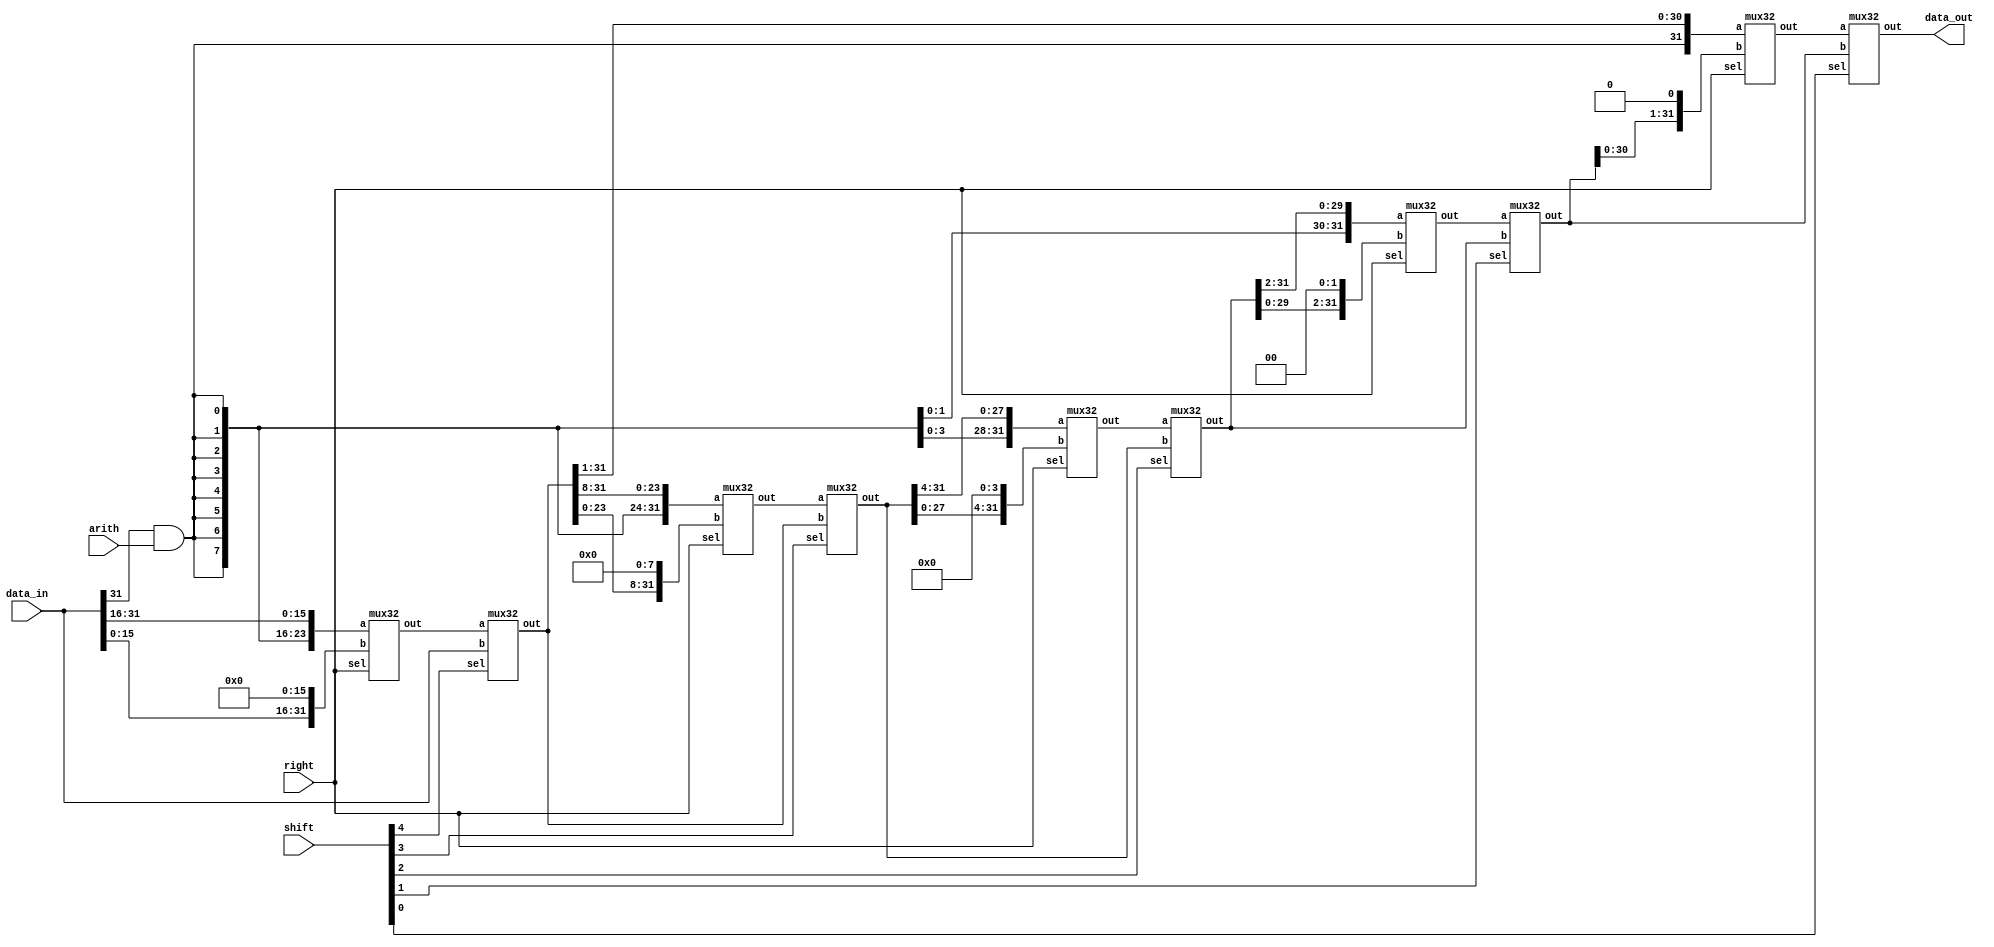
module shift(data_out,data_in,shift,right,arith);
output[31:0] data_out;
input[31:0]  data_in;
input[4:0]   shift;
input		 right;
//arith=1 arith shift arith=0 logic shift
input		 arith;
wire		 sign=data_in[31]&arith;
wire[15:0]   high16={16{sign}};
wire[31:0]	 data_sl16,data_sl8,data_sl4,data_sl2,data_sl1;
wire[31:0]	 data_sr16,data_sr8,data_sr4,data_sr2,data_sr1;
wire[31:0]	 data_s16 ,data_s8 ,data_s4 ,data_s2 ,data_s1 ;
wire[31:0]	 data_r16 ,data_r8 ,data_r4 ,data_r2;
//shift 16
assign data_sl16={data_in[15:0],16'b0};
assign data_sr16={high16,data_in[31:16]};
mux32 u16(.out(data_s16),.a(data_sr16),.b(data_sl16),.sel(right));
mux32 us0(.out(data_r16),.a(data_s16),.b(data_in),.sel(shift[4]));
//shift 8
assign data_sl8={data_r16[23:0],8'b0};
assign data_sr8={high16[7:0],data_r16[31:8]};
mux32 u8(.out(data_s8),.a(data_sr8),.b(data_sl8),.sel(right));
mux32 us1(.out(data_r8),.a(data_s8),.b(data_r16),.sel(shift[3]));
//shift 4
assign data_sl4={data_r8[27:0],4'b0};
assign data_sr4={high16[3:0],data_r8[31:4]};
mux32 u4(.out(data_s4),.a(data_sr4),.b(data_sl4),.sel(right));
mux32 us2(.out(data_r4),.a(data_s4),.b(data_r8),.sel(shift[2]));
//shift 2
assign data_sl2={data_r4[29:0],2'b0};
assign data_sr2={high16[1:0],data_r4[31:2]};
mux32 u2(.out(data_s2),.a(data_sr2),.b(data_sl2),.sel(right));
mux32 us3(.out(data_r2),.a(data_s2),.b(data_r4),.sel(shift[1]));
//shift 1
assign data_sl1={data_r2[30:0],1'b0};
assign data_sr1={high16[0],data_r16[31:1]};
mux32 u1(.out(data_s1),.a(data_sr1),.b(data_sl1),.sel(right));
mux32 us4(.out(data_out),.a(data_s1),.b(data_r2),.sel(shift[0]));
endmodule

module mux32(out,a,b,sel);
output[31:0] out;
input[31:0]  a;
input[31:0]  b;
input		 sel;

assign out=sel?a:b;

endmodule